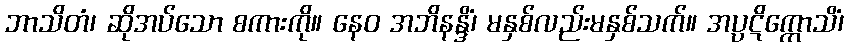
ဘာသိတံ၊ ဆိုအပ်သော စကားကို။ နေဝ အဘိနန္ဒိံ၊ မနှစ်လည်းမနှစ်သက်။ အပ္ပဋိက္ကောသိံ၊